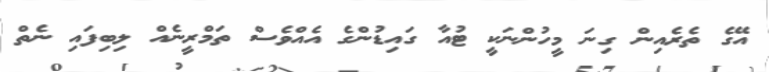
އޭގެ ތެރެއިން ގިނަ މީހުންނަކީ ޓުއާ ގައިޑުންގެ އެއްވެސް ތަމްރީނެއް ލިބިފައި ނެތް